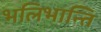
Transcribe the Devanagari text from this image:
भलिभान्ति